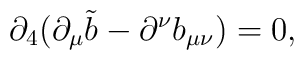
\partial_4 ( \partial_\mu \tilde b - \partial^\nu  b_{\mu\nu})= 0,